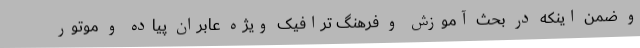
و ضمن اینکه در بحث آموزش و فرهنگ ترافیک ویژه عابران پیاده و موتور